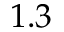
1 . 3